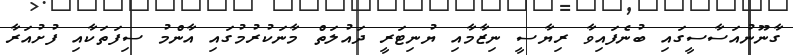
ގާނޫނުއަސާސީގައި ބުނެފައިވާ ރިޔާސީ ނިޒާމާއި ޔުނިޓަރީ ދައުލަތް މާނަކުރުމުގައި އާންމު ސިފަތަކާއި ފުށުއަރާ